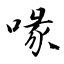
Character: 喙